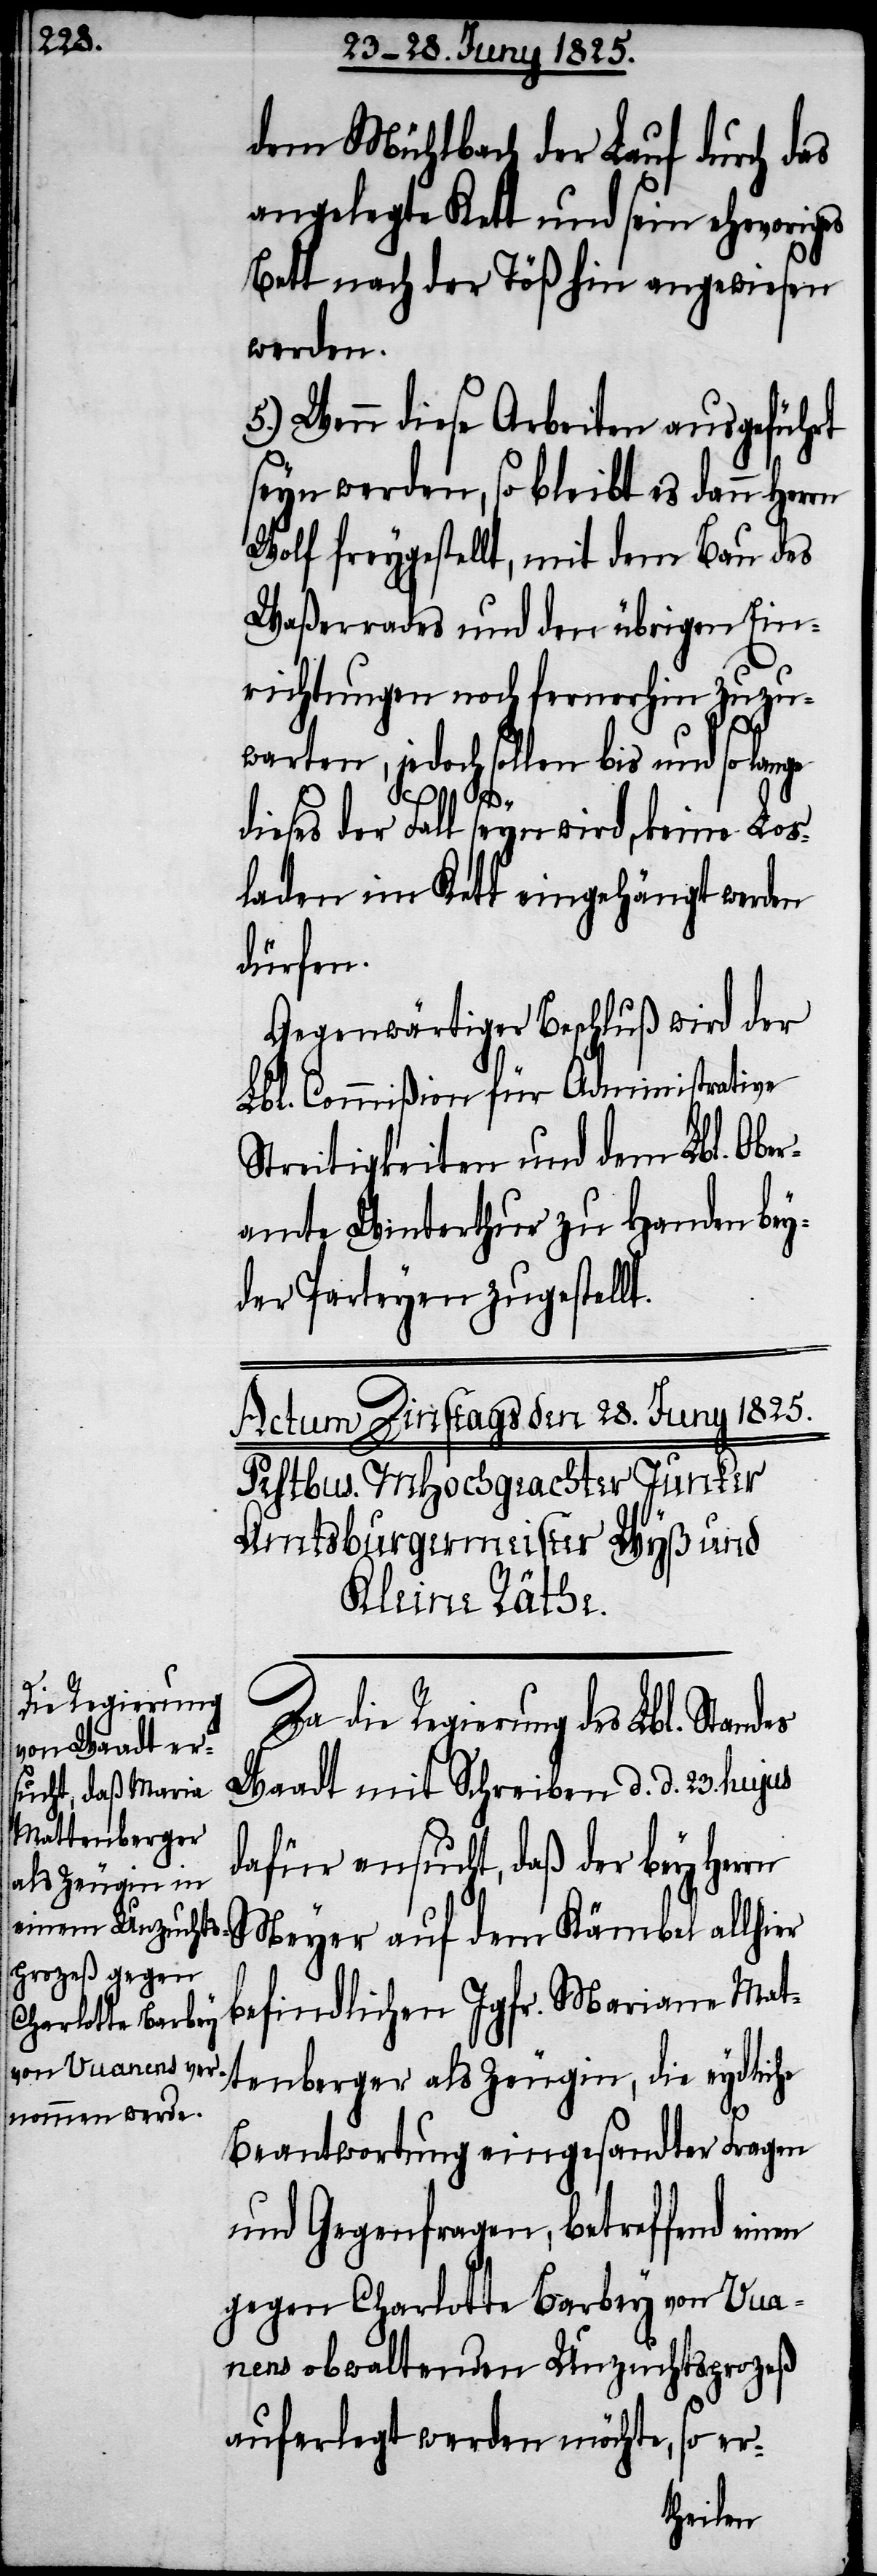
dem Mühlbach der Lauf durch das
angelegte Kett und sein ehevoriges
Bett nach der Töß hin angewiesen
werden.
5.) Wenn diese Arbeiten ausgeführt
seyn werden, so bleibt es dann Herrn
Wolf freygestellt, mit dem Bau des
Waßerrades und den übrigen Ein¬
richtungen noch fernerhin zuzu¬
warten, jedoch sollen bis und so lange
des
dieses der Fall seyn wird, keine Los¬
laden im Kett eingehängt werden
dürfen.
Gegenwärtiger Beschluß wird der
Lbl. Commißion für Administrative
Streitigkeiten und dem Lbl. Ober¬
amte Winterthur zu Handen bey¬
der Parteyen zugestellt.
Da die Regierung des Lbl. Stan¬
Waadt mit Schreiben d. d. 23. hujus
dafür ansucht, daß der bey Herrn
befindlichen Jgfr. Mariane Mat¬
tenberger als Zeugin, die eydliche
Beantwortung eingesandter Fragen
und Gegenfragen, betreffend
gegen Charlotte Barbey von Vua¬
nens obwaltenden Unzuchtsprozeß
auferlegt werden möchte, so er-